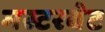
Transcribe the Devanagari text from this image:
मस्टरबेट